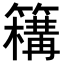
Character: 𥵡